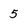
Character: 5